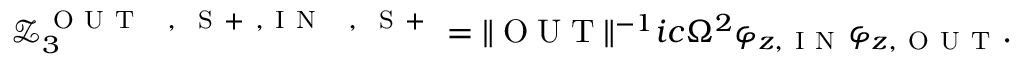
\mathcal { Z } _ { 3 } ^ { \mathrm { ~ O ~ U ~ T ~ \phantom { ~ } { ~ , ~ } ~ S ~ + ~ } , \mathrm { ~ I ~ N ~ \phantom { ~ } { ~ , ~ } ~ S ~ + ~ } } = \| { \scriptsize { \mathrm { ~ O ~ U ~ T ~ } } } \| ^ { - 1 } i c \Omega ^ { 2 } \varphi _ { z , \mathrm { ~ I ~ N ~ } } \varphi _ { z , \mathrm { ~ O ~ U ~ T ~ } } .